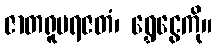
ဇာတရူပရဇတံ၊ ရွှေငွေကို။